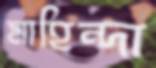
মাহিন্দা